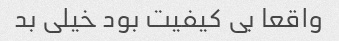
واقعا بی کیفیت بود خیلی بد